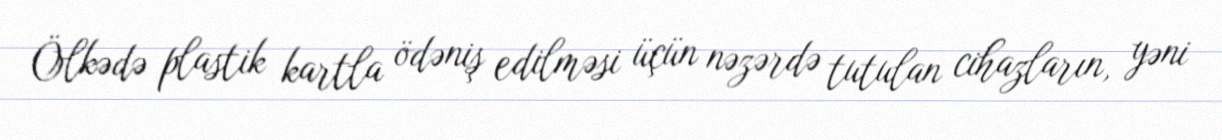
Ölkədə plastik kartla ödəniş edilməsi üçün nəzərdə tutulan cihazların, yəni